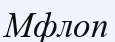
Мфлоп